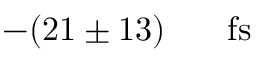
- ( 2 1 \pm 1 3 ) \ensuremath { \mathrm { ~ \textrm ~ { ~ \, ~ } ~ } } \ensuremath { \mathrm { f s } }